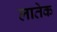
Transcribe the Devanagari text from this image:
लातेक